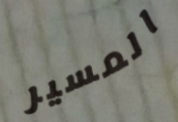
المسير